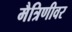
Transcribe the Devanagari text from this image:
मैत्रिणीवर